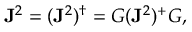
\mathbf { J } ^ { 2 } = ( \mathbf { J } ^ { 2 } ) ^ { \dagger } = G ( \mathbf { J } ^ { 2 } ) ^ { + } G ,